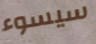
سيسوء